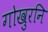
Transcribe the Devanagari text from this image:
गोखुरनि